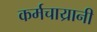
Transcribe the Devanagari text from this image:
कर्मचाय्रानी